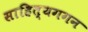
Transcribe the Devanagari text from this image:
साहित्यगगन